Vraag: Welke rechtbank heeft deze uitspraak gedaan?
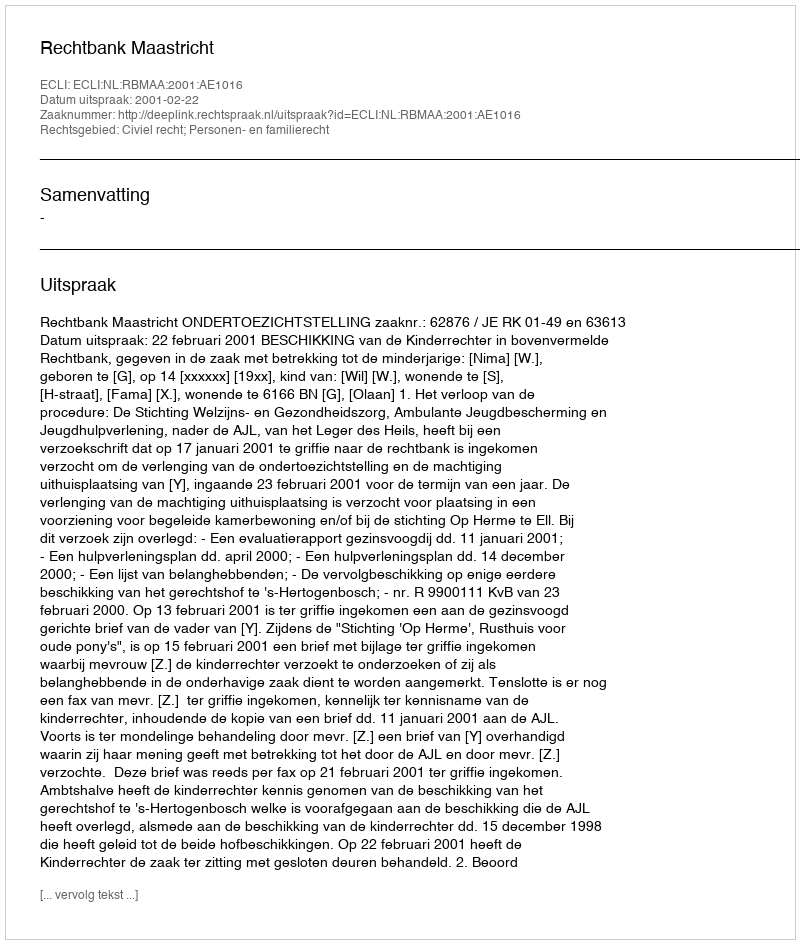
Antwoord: Rechtbank Maastricht